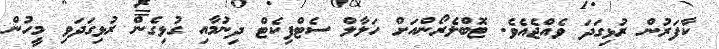
ކާފަރުން ރުޅިގަދަ ވެއްޖެއެވެ. ޓޮބްލެރޯންއަށް ހަލާލް ސެޓްފިކެޓް ދިނުމާއި ގުޅިގެން ރުޅިގަދަވި މީހުން